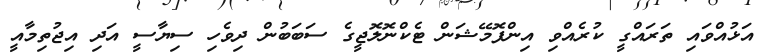
އަޅުއްވައި ތަރައްގީ ކުރެއްވި އިންފޮމޭޝަން ޓެކްނޮލޮޖީގެ ސަބަބުން ދިވެހި ސިޔާސީ އަދި އިޖުތިމާއީ